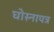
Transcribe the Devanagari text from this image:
घोस्नापत्र